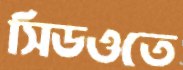
সিডওতে